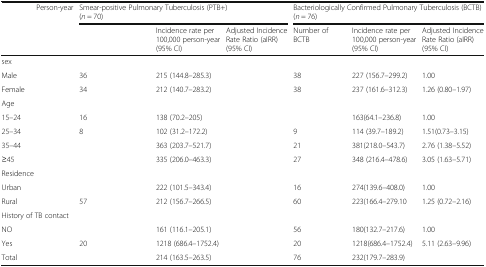
<table><thead><tr><td rowspan="2">[EMPTY_CELL]</td><td rowspan="2"><b>Person-year</b></td><td colspan="3"><b>Smear-positive Pulmonary Tuberculosis (PTB+) (<i>n</i> = 70)</b></td><td colspan="3"><b>Bacteriologically Confirmed Pulmonary Tuberculosis (BCTB) (<i>n</i> = 76)</b></td></tr><tr><td>[EMPTY_CELL]</td><td><b>Incidence rate per 100,000 person-year (95% CI)</b></td><td><b>Adjusted Incidence Rate Ratio (aIRR) (95% CI)</b></td><td><b>Number of BCTB</b></td><td><b>Incidence rate per 100,000 person-year (95% CI)</b></td><td><b>Adjusted Incidence Rate Ratio (aIRR) (95% CI)</b></td></tr></thead><tbody><tr><td colspan="8">sex</td></tr><tr><td>Male</td><td>[EMPTY_CELL]</td><td>36</td><td>215 (144.8–285.3)</td><td>[EMPTY_CELL]</td><td>38</td><td>227 (156.7–299.2)</td><td>1.00</td></tr><tr><td>Female</td><td>[EMPTY_CELL]</td><td>34</td><td>212 (140.7–283.2)</td><td>[EMPTY_CELL]</td><td>38</td><td>237 (161.6–312.3)</td><td>1.26 (0.80–1.97)</td></tr><tr><td colspan="8">Age</td></tr><tr><td>15–24</td><td>[EMPTY_CELL]</td><td>16</td><td>138 (70.2–205)</td><td>[EMPTY_CELL]</td><td>[EMPTY_CELL]</td><td>163(64.1–236.8)</td><td>1.00</td></tr><tr><td>25–34</td><td>[EMPTY_CELL]</td><td>8</td><td>102 (31.2–172.2)</td><td>[EMPTY_CELL]</td><td>9</td><td>114 (39.7–189.2)</td><td>1.51(0.73–3.15)</td></tr><tr><td>35–44</td><td>[EMPTY_CELL]</td><td>[EMPTY_CELL]</td><td>363 (203.7–521.7)</td><td>[EMPTY_CELL]</td><td>21</td><td>381(218.0–543.7)</td><td>2.76 (1.38–5.52)</td></tr><tr><td>≥45</td><td>[EMPTY_CELL]</td><td>[EMPTY_CELL]</td><td>335 (206.0–463.3)</td><td>[EMPTY_CELL]</td><td>27</td><td>348 (216.4–478.6)</td><td>3.05 (1.63–5.71)</td></tr><tr><td colspan="8">Residence</td></tr><tr><td>Urban</td><td>[EMPTY_CELL]</td><td>[EMPTY_CELL]</td><td>222 (101.5–343.4)</td><td>[EMPTY_CELL]</td><td>16</td><td>274(139.6–408.0)</td><td>1.00</td></tr><tr><td>Rural</td><td>[EMPTY_CELL]</td><td>57</td><td>212 (156.7–266.5)</td><td>[EMPTY_CELL]</td><td>60</td><td>223(166.4–279.10</td><td>1.25 (0.72–2.16)</td></tr><tr><td colspan="8">History of TB contact</td></tr><tr><td>NO</td><td>[EMPTY_CELL]</td><td>[EMPTY_CELL]</td><td>161 (116.1–205.1)</td><td>[EMPTY_CELL]</td><td>56</td><td>180(132.7–217.6)</td><td>1.00</td></tr><tr><td>Yes</td><td>[EMPTY_CELL]</td><td>20</td><td>1218 (686.4–1752.4)</td><td>[EMPTY_CELL]</td><td>20</td><td>1218(686.4–1752.4)</td><td>5.11 (2.63–9.96)</td></tr><tr><td>Total</td><td>[EMPTY_CELL]</td><td>[EMPTY_CELL]</td><td>214 (163.5–263.5)</td><td>[EMPTY_CELL]</td><td>76</td><td>232(179.7–283.9)</td><td>[EMPTY_CELL]</td></tr></tbody></table>